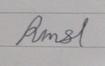
Signature authenticity: forged